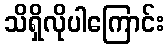
သိရှိလိုပါကြောင်း